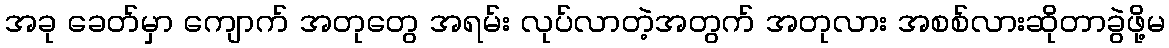
အခု ခေတ်မှာ ကျောက် အတုတွေ အရမ်း လုပ်လာတဲ့အတွက် အတုလား အစစ်လားဆိုတာခွဲဖို့မ